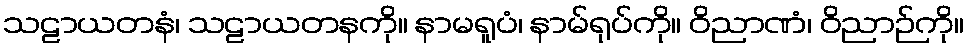
သဠာယတနံ၊ သဠာယတနကို။ နာမရူပံ၊ နာမ်ရုပ်ကို။ ဝိညာဏံ၊ ဝိညာဉ်ကို။